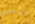
لابني